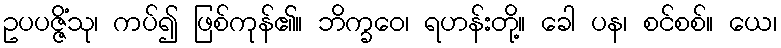
ဥပပဇ္ဇိံသု၊ ကပ်၍ ဖြစ်ကုန်၏။ ဘိက္ခဝေ၊ ရဟန်းတို့။ ခေါ ပန၊ စင်စစ်။ ယေ၊